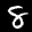
Label: 8